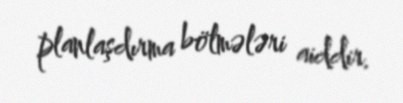
planlaşdırma bölmələri aiddir.